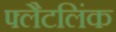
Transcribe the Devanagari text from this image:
फ्लैटलिंक